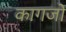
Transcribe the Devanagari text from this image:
कागजो